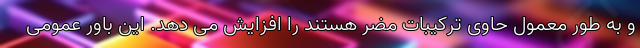
و به طور معمول حاوی ترکیبات مضر هستند را افزایش می دهد. این باور عمومی